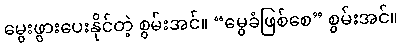
မွေးဖွားပေးနိုင်တဲ့ စွမ်းအင်။ “မွေခံဖြစ်စေ” စွမ်းအင်။